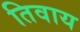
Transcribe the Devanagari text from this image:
तिवाय